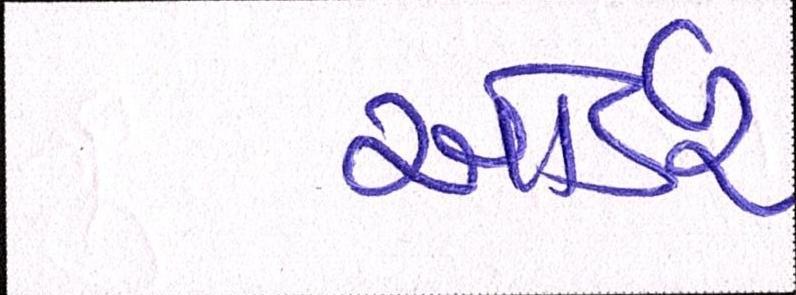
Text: ઓર્ડર